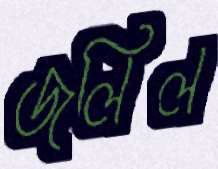
জলিল